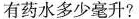
有药水多少毫升?